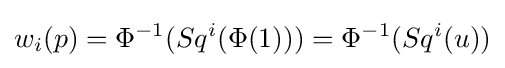
w_{i}(p)=\Phi ^{-1}(Sq^{i}(\Phi (1)))=\Phi ^{-1}(Sq^{i}(u))